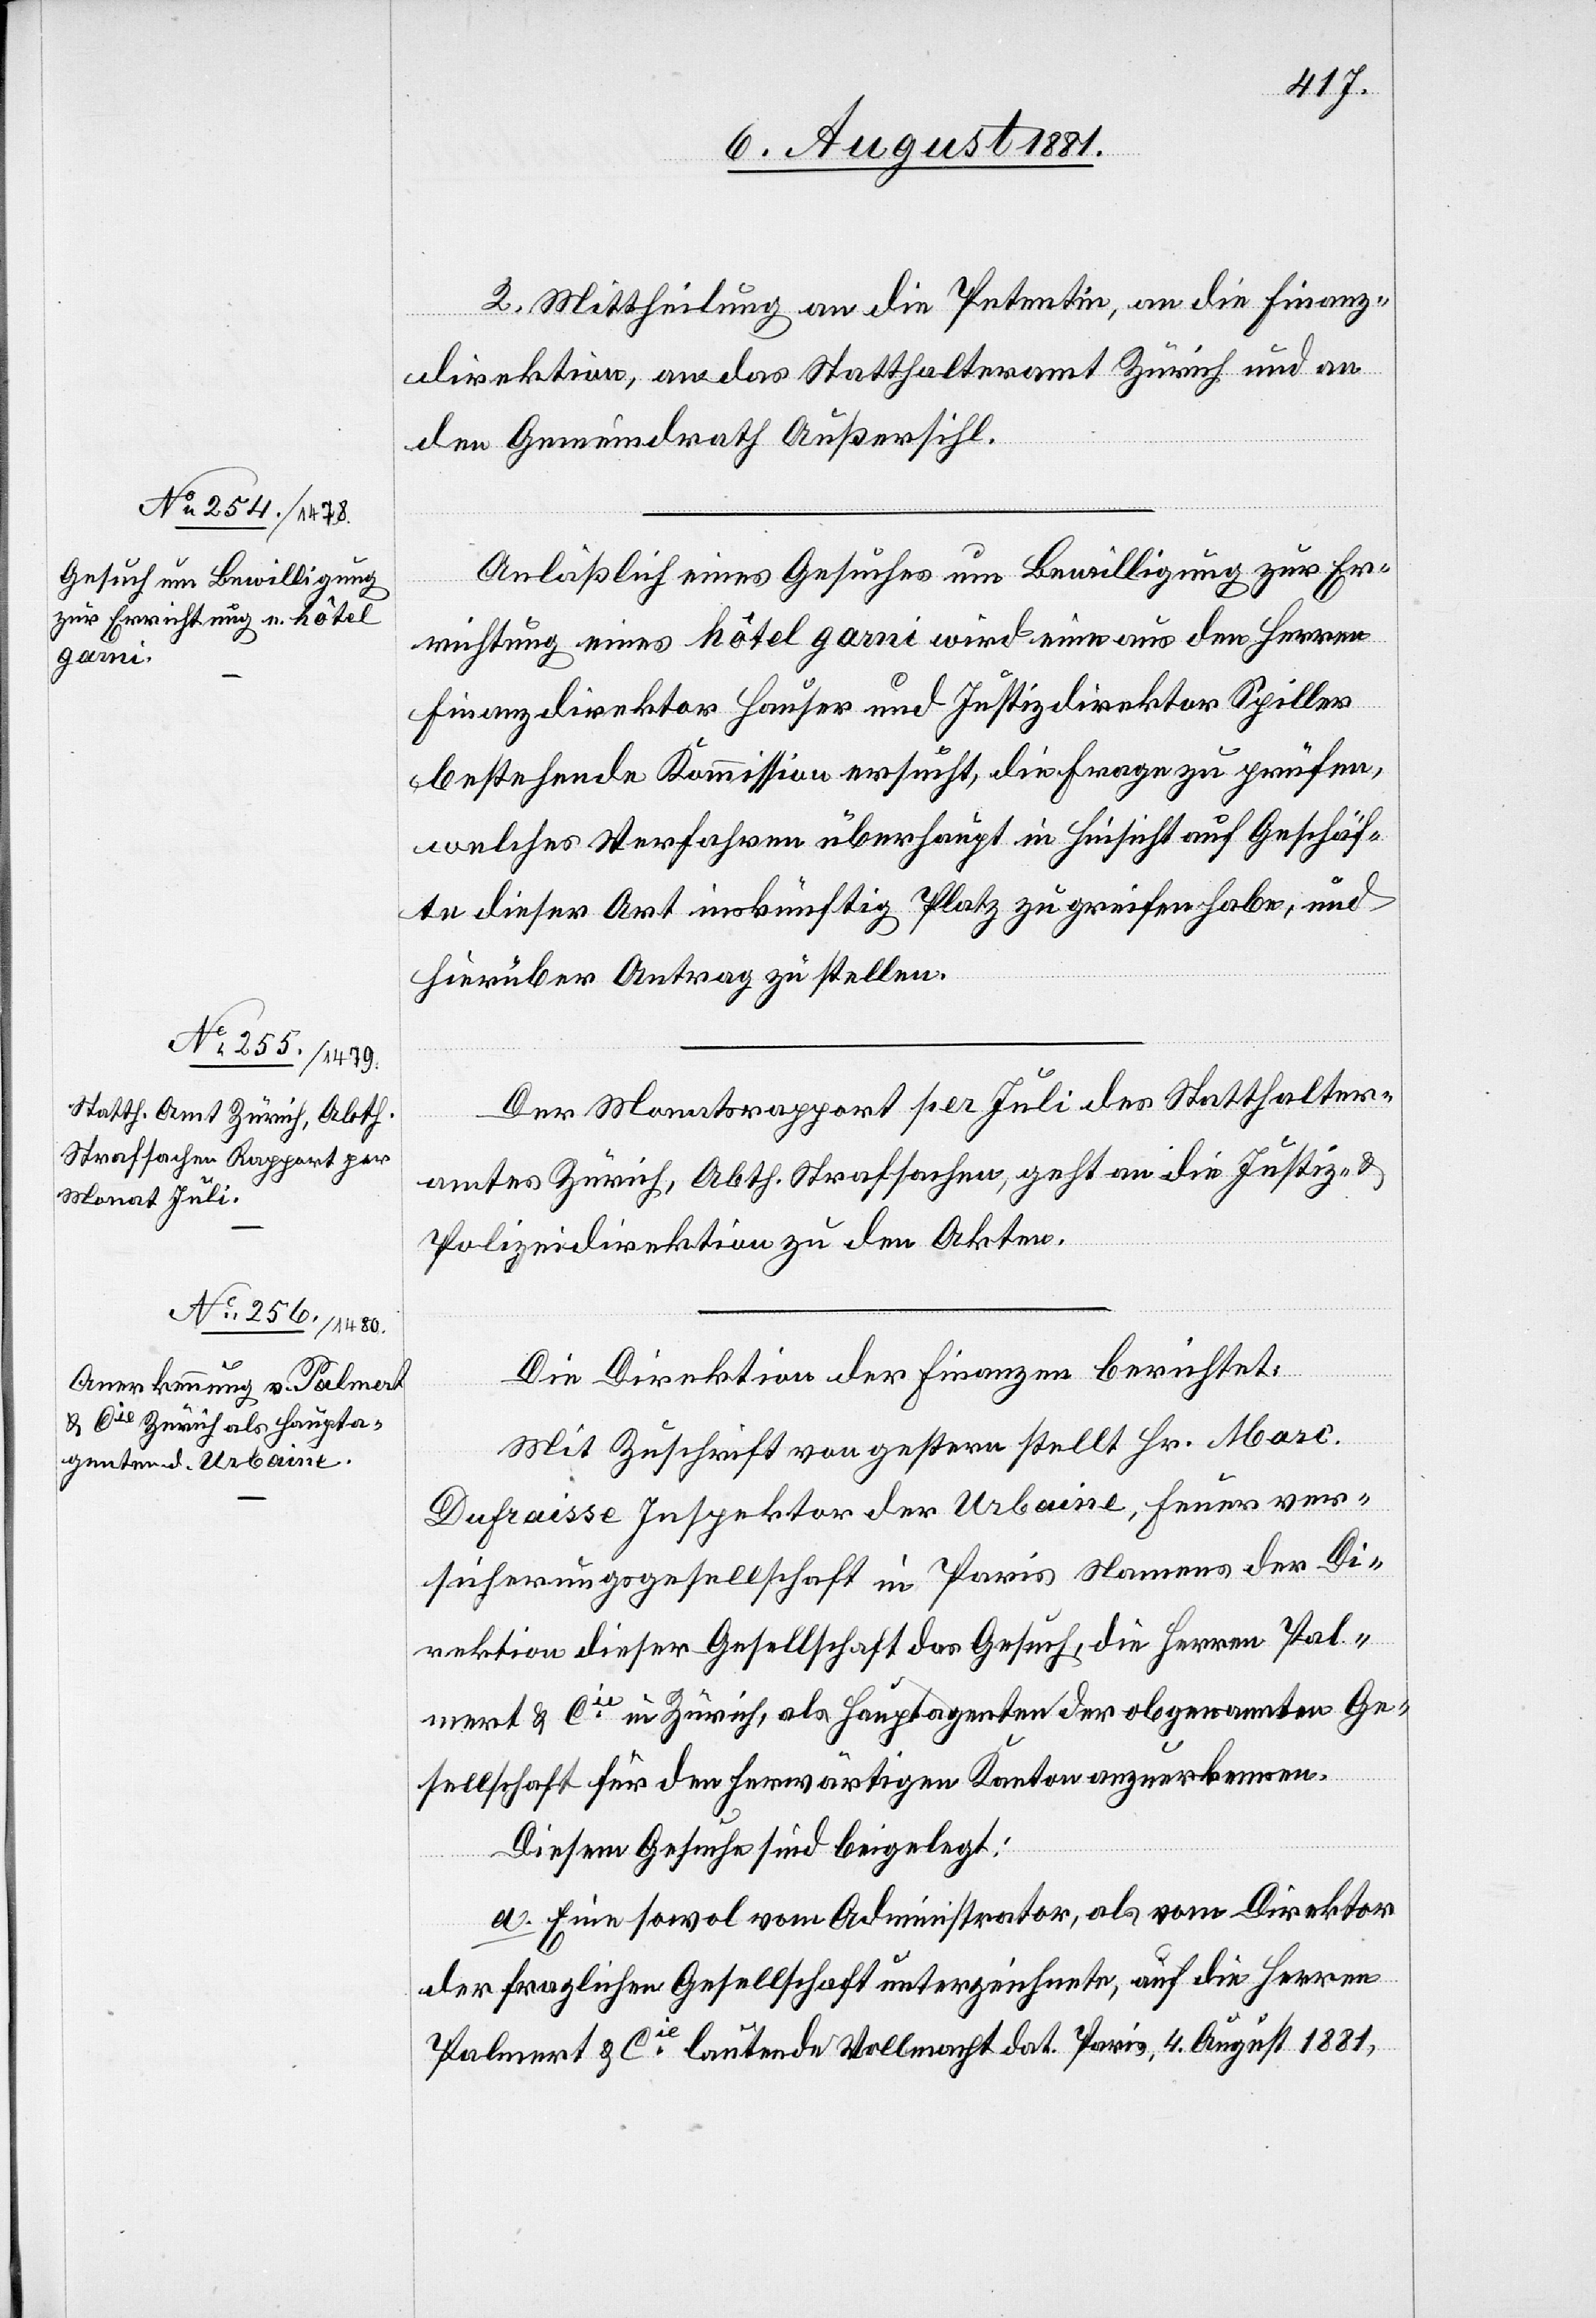
2. Mittheilung an die Petentin, an die Finanz¬
direktion, an das Statthalteramt Zürich und an
den Gemeindrath Außersihl.
Anläßlich eines Gesuches um Bewilligung zur Er¬
richtung eines hôtel garni wird eine aus den Herren
Finanzdirektor Hauser und Justizdirektor Spiller
bestehende Kommission ersucht, die Frage zu prüfen,
welches Verfahren überhaupt in Hinsicht auf Geschäf¬
te dieser Art inskünfitg Platz zu greifen habe, und
hierüber Antrag zu stellen.
Der Monatsrapport per Juli des Statthalter¬
amtes Zürich, Abth. Strafsachen, geht an die Justiz- &
Polizeidirektion zu den Akten.
Die Direktion der Finanzen berichtet:
Mit Zuschrift von gestern stellt Hr. Marc.
Dufraisse Inspektor der Urbaine, Feuerver¬
sicherungsgesellschaft in Paris Namens der Di¬
rektion dieser Gesellschaft das Gesuch, die Herren Pal¬
mert & Cie in Zürich, als Hauptagenten der obgenannten Ge¬
sellschaft für den herwärtigen Kanton anzuerkennen.
Diesem Gesuche sind beigelegt:
a. Eine sowol vom Administrator, als vom Direktor
der fraglichen Gesellschaft unterzeichnete, auf die Herren
Palmert & Cie lautende Vollmacht dat. Paris, 4. August 1881,